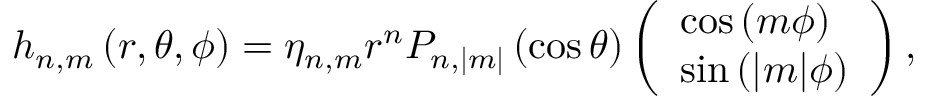
\begin{array} { r } { h _ { n , m } \left( r , \theta , \phi \right) = \eta _ { n , m } r ^ { n } P _ { n , | m | } \left( \cos \theta \right) \left( \begin{array} { l } { \cos \left( m \phi \right) } \\ { \sin \left( | m | \phi \right) } \end{array} \right) , } \end{array}